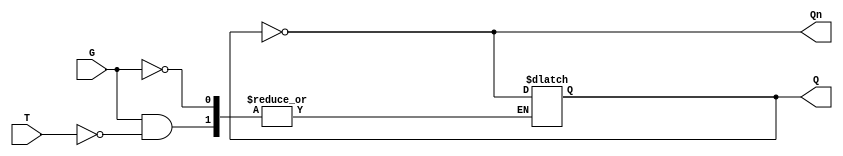
module Gated_T_Latch (
    input wire T,    // Toggle input
    input wire G,    // Gate input (enable)
    output reg Q,    // Current output state
    output wire Qn   // Complementary output
);

    assign Qn = ~Q; // Complementary output

    always @(G or T) begin
        if (G) begin
            if (T) begin
                Q <= ~Q; // Toggle the state of Q
            end
            // If T is low, Q remains unchanged
        end
        // If G is low, Q remains unchanged
    end

endmodule